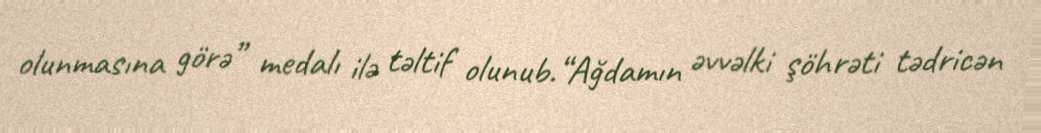
olunmasına görə” medalı ilə təltif olunub.“Ağdamın əvvəlki şöhrəti tədricən